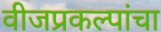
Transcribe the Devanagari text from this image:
वीजप्रकल्पांचा